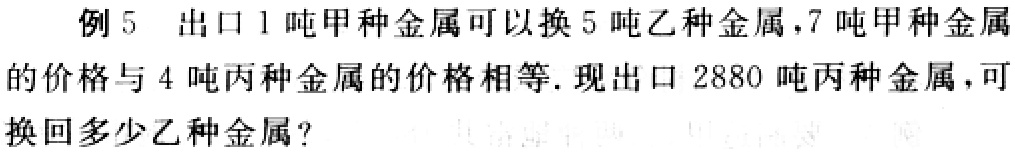
例 5 出口 1 吨甲种金属可以换 5 吨乙种金属，7 吨甲种金属的价格与 4 吨丙种金属的价格相等. 现出口 2880 吨丙种金属，可换回多少乙种金属？